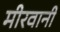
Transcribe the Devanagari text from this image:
मीरवानी